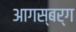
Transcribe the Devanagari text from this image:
आगस्बर्ग